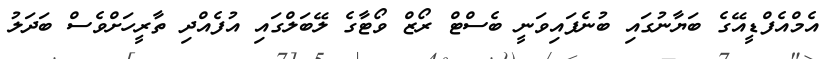
އެމްއެފްޑީއޭގެ ބަޔާނުގައި ބުނެފައިވަނީ ބެސްޓް ރޯޒް ވޯޓާގެ ލޭބަލްގައި އުފެއްދި ތާރީހަށްވެސް ބަދަލު